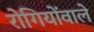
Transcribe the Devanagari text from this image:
रोगियोंवाले